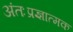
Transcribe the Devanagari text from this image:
अंतःप्रज्ञात्मक